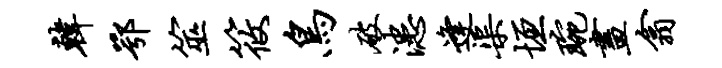
韩鄂筮筱鸟破漶逢渠垣琬画翕